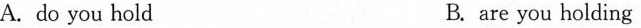
A.do you hold B. are you holding